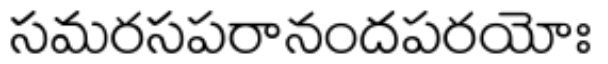
సమరసపరానందపరయోః